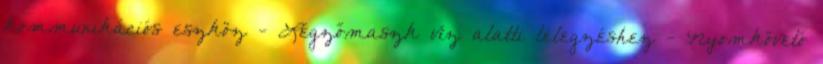
kommunikációs eszköz - Légzőmaszk víz alatti lélegzéshez - Nyomkövető